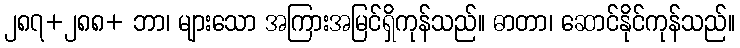
၂၈၇+၂၈၈+ ဘာ၊ များသော အကြားအမြင်ရှိကုန်သည်။ ဓာတာ၊ ဆောင်နိုင်ကုန်သည်။